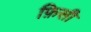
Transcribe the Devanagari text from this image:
फ़िसी